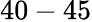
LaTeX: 40-45